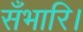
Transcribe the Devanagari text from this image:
सँभारि।